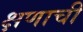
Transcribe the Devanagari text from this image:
क्षणाची